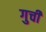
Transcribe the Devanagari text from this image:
गुची